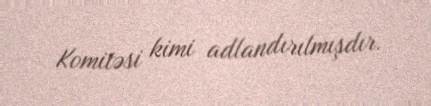
Komitəsi kimi adlandırılmışdır.